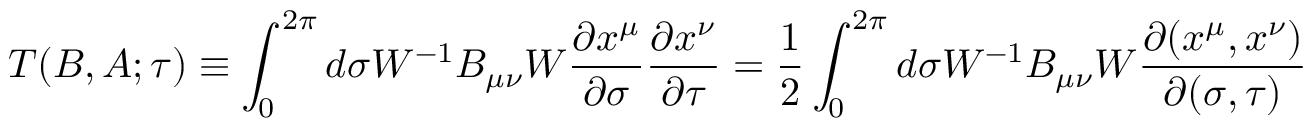
T ( B , A ; \tau ) \equiv \int _ { 0 } ^ { 2 \pi } d \sigma W ^ { - 1 } B _ { \mu \nu } W \frac { \partial x ^ { \mu } } { \partial \sigma } \frac { \partial x ^ { \nu } } { \partial \tau } = \frac 1 2 \int _ { 0 } ^ { 2 \pi } d \sigma W ^ { - 1 } B _ { \mu \nu } W \frac { \partial ( x ^ { \mu } , x ^ { \nu } ) } { \partial ( \sigma , \tau ) }